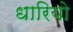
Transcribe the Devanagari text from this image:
धारियो